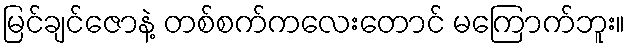
မြင်ချင်ဇောနဲ့ တစ်စက်ကလေးတောင် မကြောက်ဘူး။